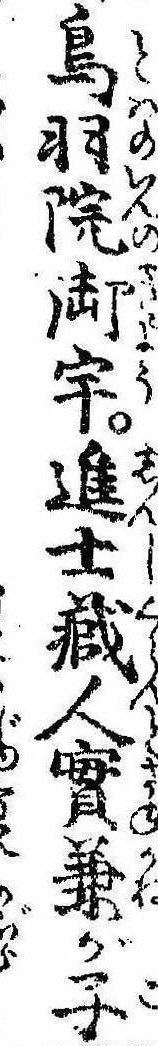
鳥羽院御宇進士蔵人実兼が子